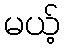
မယ့်